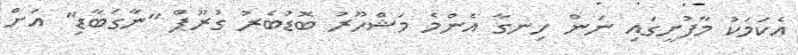
އެކަމަކު މާފުށީގައި ނަން ހިނގާ އެންމެ މަޝްހޫރު ބޮޑުބެރު ގުރޫޕް "ނާގަބާޑި" އަށް